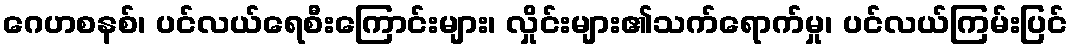
ဂေဟစနစ်၊ ပင်လယ်ရေစီးကြောင်းများ၊ လှိုင်းများ၏သက်ရောက်မှု၊ ပင်လယ်ကြမ်းပြင်